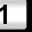
Digit: 1